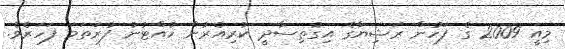
މިއީ 2009 ގެ ފަހުން ރަޝިޔާގެ އިގުތިސާދީ ކުރިއެރުން ހުއްޓުނު ފުރަތަމަ ފަހަރެވެ.